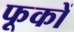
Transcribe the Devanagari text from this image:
फूकों